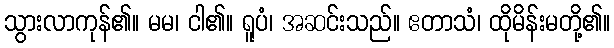
သွားလာကုန်၏။ မမ၊ ငါ၏။ ရူပံ၊ အဆင်းသည်။ ဧတာသံ၊ ထိုမိန်းမတို့၏။